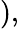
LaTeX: ),